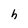
Character: h